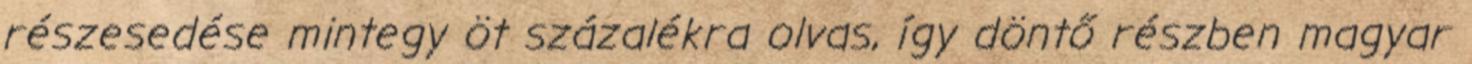
részesedése mintegy öt százalékra olvas, így döntő részben magyar